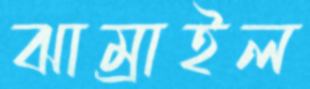
ঝাম্‌রাইল